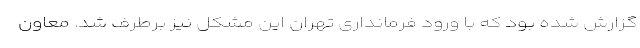
گزارش شده بود که با ورود فرمانداری تهران این مشکل نیز برطرف شد. معاون